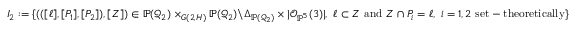
I _ { 2 } : = \{ ( ( [ \ell ] , [ P _ { 1 } ] , [ P _ { 2 } ] ) , [ Z ] ) \in \mathbb P ( \mathcal Q _ { 2 } ) \times _ { G ( 2 , H ) } \mathbb P ( \mathcal Q _ { 2 } ) \backslash \Delta _ { \mathbb P ( \mathcal Q _ { 2 } ) } \times | \mathcal O _ { \mathbb P ^ { 5 } } ( 3 ) | , \ \ell \subset Z \ \mathrm { a n d } \ Z \cap P _ { i } = \ell , \ i = 1 , 2 \ \mathrm { s e t - t h e o r e t i c a l l y } \}